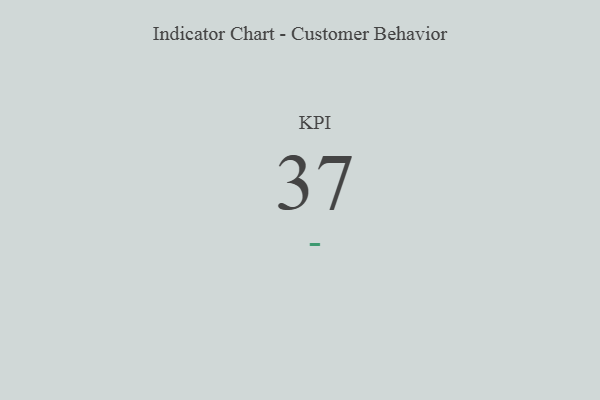
{"axis": {"x": "KPI", "y": "Value"}, "legend": [""], "data": [{"x": "KPI", "y": 37, "type": ""}]}